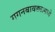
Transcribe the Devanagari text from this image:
गगनबावड्यामध्ये